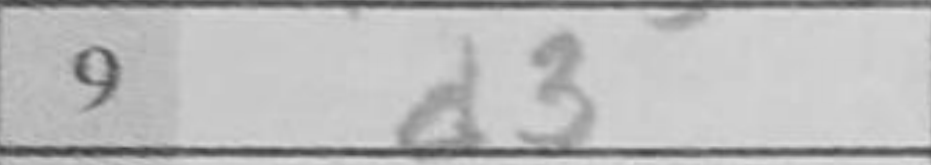
Transcription: d3